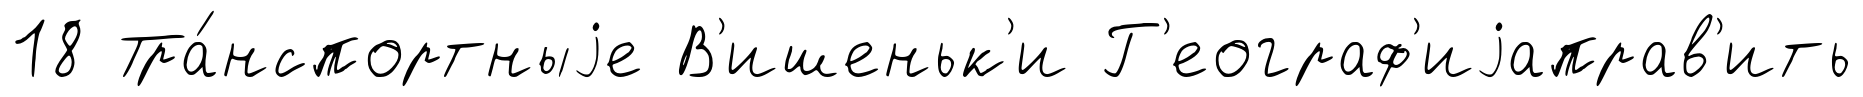
18 Тра́нспортныjе В'ишеньк'и Г'еограф'иjаправ'ить